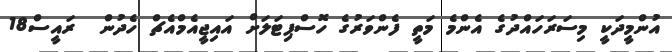
އުންމީދަކީ މިސަރަހައްދުގެ އެންމެ މަތީ ފެންވަރުގެ ހޮސްޕިޓަލަށް އައިޖީއެމްއެޗް ހެދުން  ރައީސް18